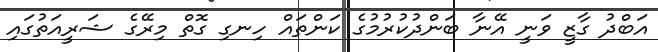
އަބްދު ގާޒީ ވަނީ އޭނާ ބަންދުކުރުމުގެ ކަންތައް ހިނގި ގޮތް މިރޭގެ ޝަރީއަތުގައި